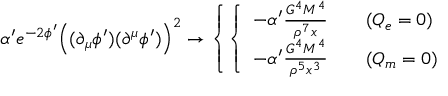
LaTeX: \alpha ^ { \prime } e ^ { - 2 \phi ^ { \prime } } \Bigl ( ( \partial _ { \mu } \phi ^ { \prime } ) ( \partial ^ { \mu } \phi ^ { \prime } ) \Bigr ) ^ { 2 } \rightarrow \left\{ \left\{ \begin{array} { l l } { { - \alpha ^ { \prime } \frac { G ^ { 4 } M ^ { 4 } } { \rho ^ { 7 } x } ~ ~ ~ } } & { { ( Q _ { e } = 0 ) } } \\ { { - \alpha ^ { \prime } \frac { G ^ { 4 } M ^ { 4 } } { \rho ^ { 5 } x ^ { 3 } } ~ ~ ~ } } & { { ( Q _ { m } = 0 ) } } \end{array} \right. \right.